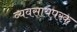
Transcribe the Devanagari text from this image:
व्यवसायपरक